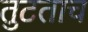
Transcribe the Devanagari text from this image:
तुटताच